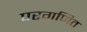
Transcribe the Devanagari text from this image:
परगणित